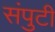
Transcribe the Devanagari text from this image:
संपुटी